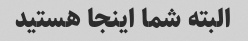
البته شما اینجا هستید